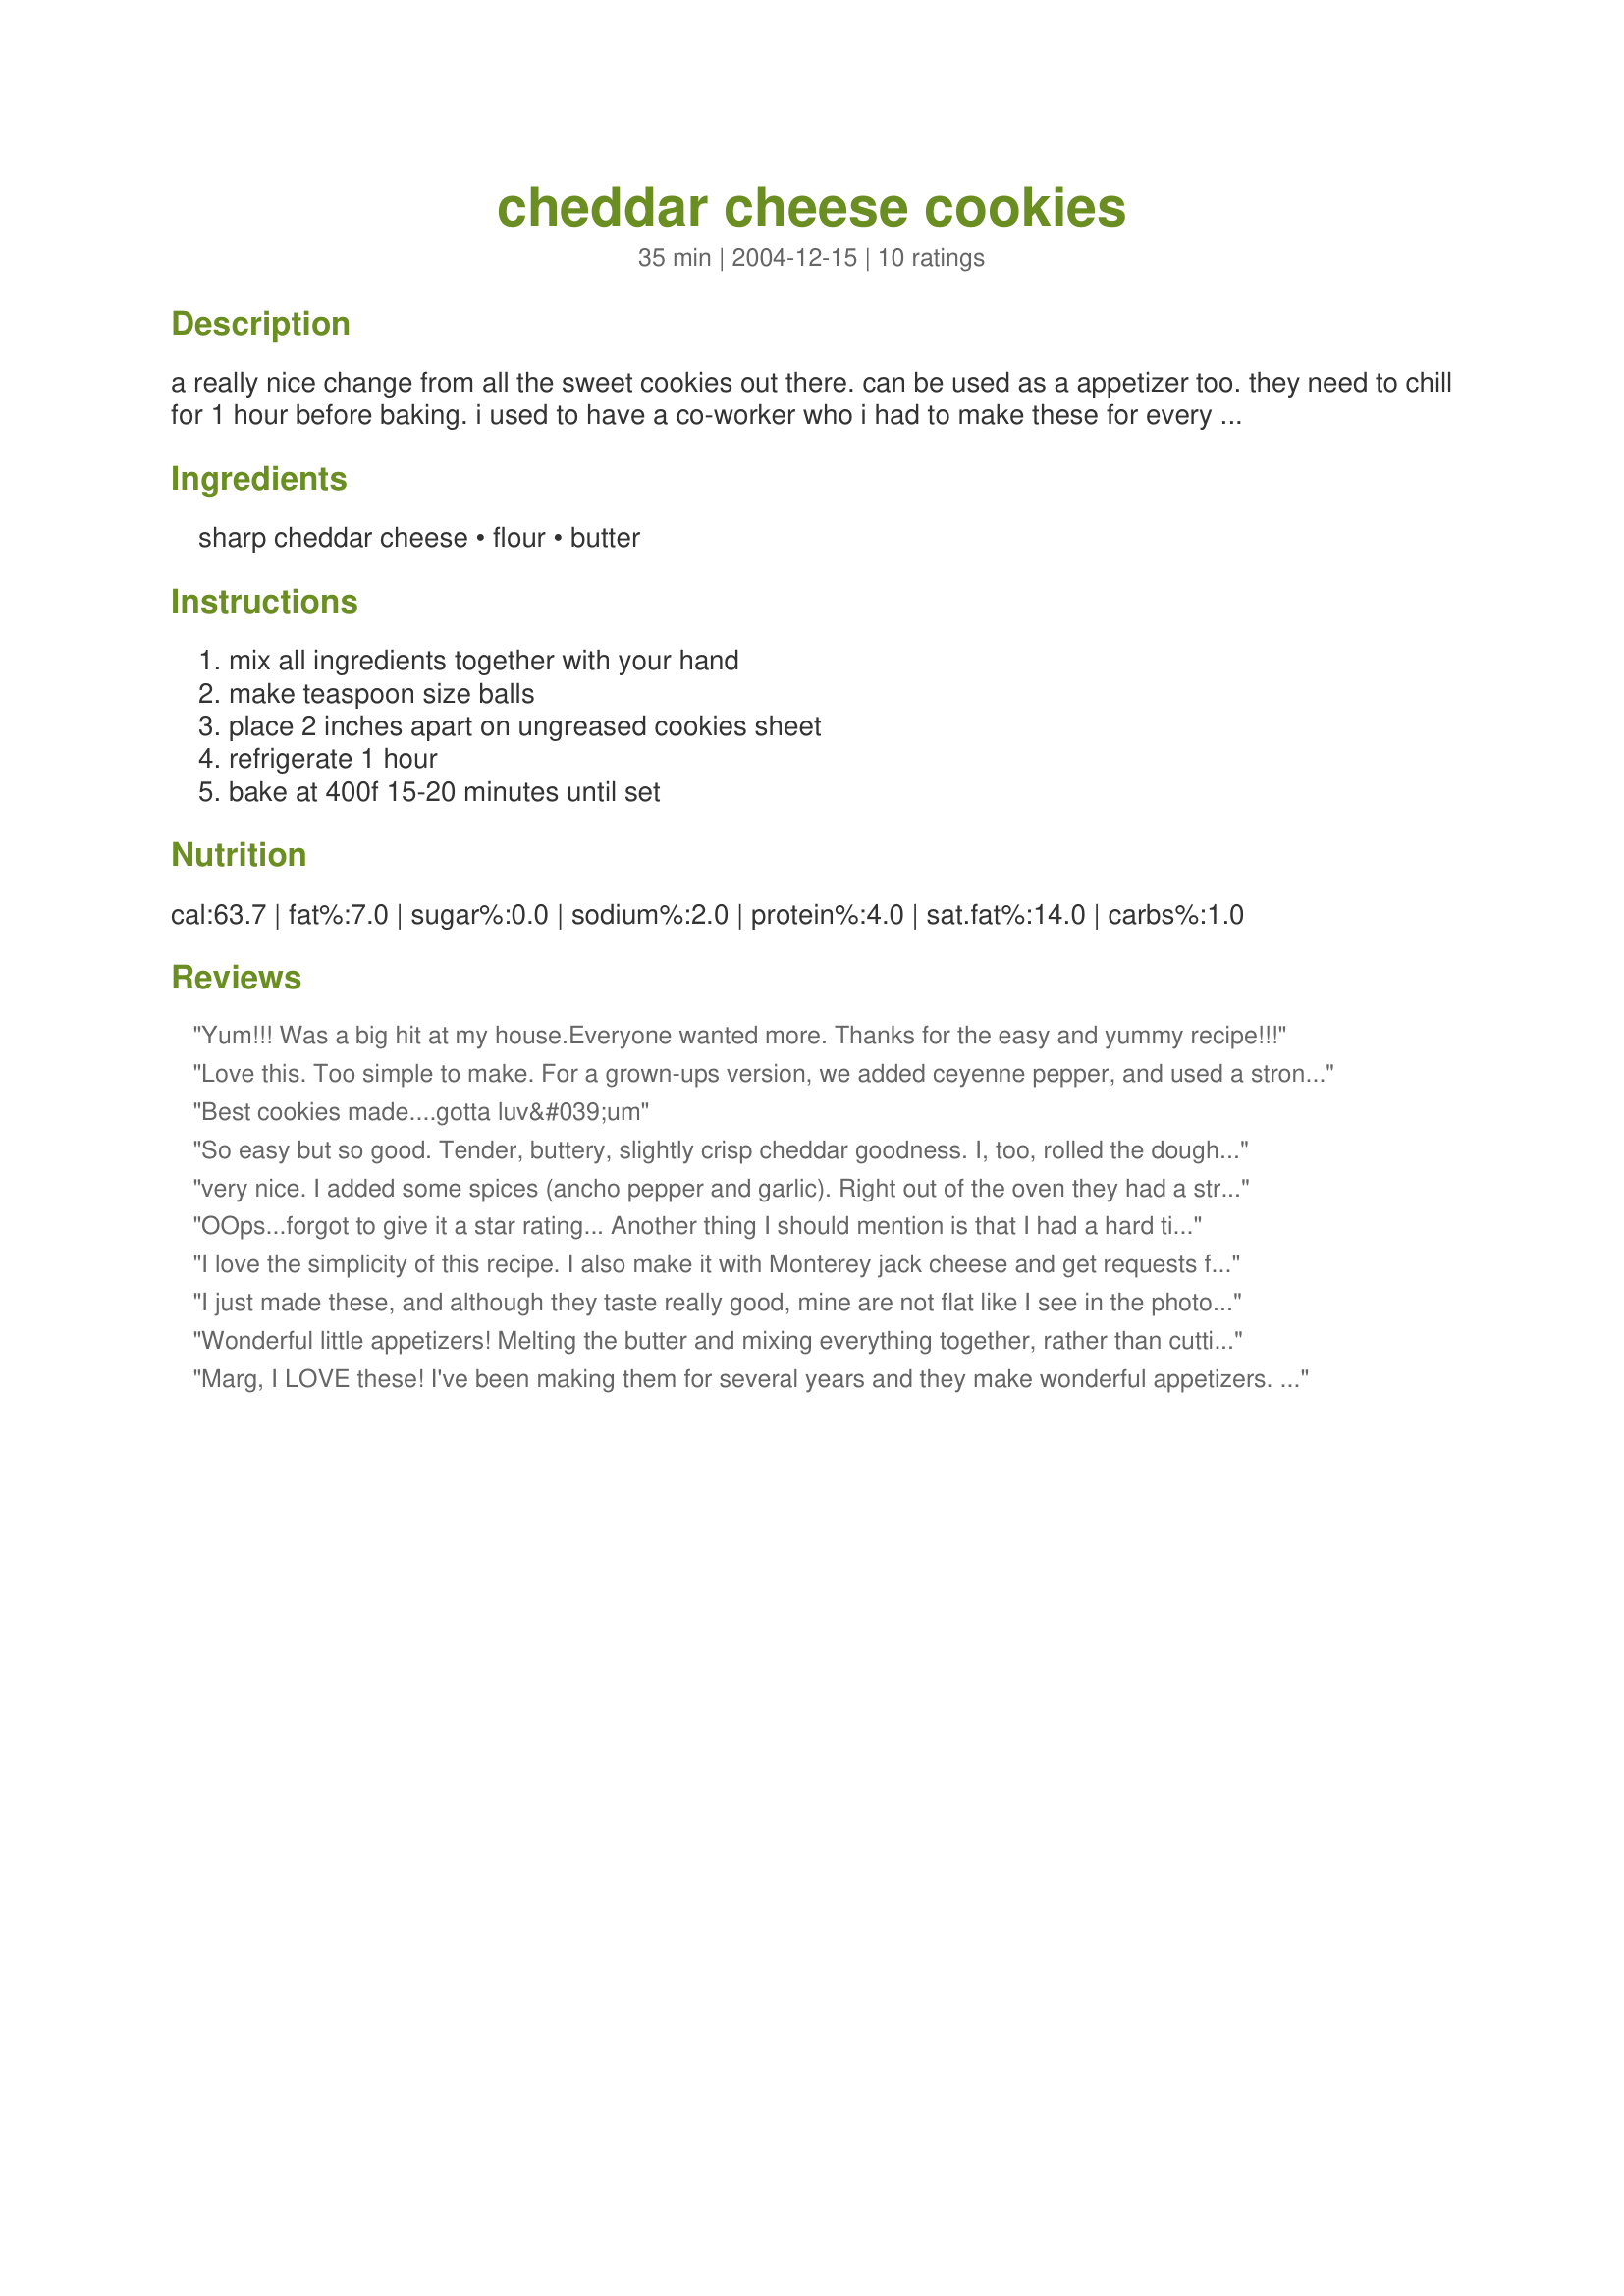
cheddar cheese cookies
Preparation time: 35 minutes

a really nice change from all the sweet cookies out there. can be used as a appetizer too. they need to chill for 1 hour before baking. i used to have a co-worker who i had to make these for every year at our christmas party.

Ingredients:
sharp cheddar cheese, flour, butter

Steps:
mix all ingredients together with your hand, make teaspoon size balls, place 2 inches apart on ungreased cookies sheet, refrigerate 1 hour, bake at 400f 15-20 minutes until set

Reviews:
Yum!!! Was a big hit at my house.Everyone wanted more. Thanks for the easy and yummy recipe!!!
Love this. Too simple to make. For a grown-ups version, we added ceyenne pepper, and used a stronger flavoured cheese like romano. Thanx for sharing this one, Marg.
Best cookies made....gotta luv&#039;um
So easy but so good. Tender, buttery, slightly crisp cheddar goodness. I, too, rolled the dough into two logs, refrigerated, then sliced and baked. I added a bit of cayenne to half of the dough. Delicious both ways!
very nice. I added some spices (ancho pepper and garlic). Right out of the oven they had a strange texture, but once they cooled they were quite tasty!
OOps...forgot to give it a star rating... Another thing I should mention is that I had a hard time getting it to hold together so I cut in a bit more butter. I tend to measure a little fast and loose so when I make this again I'll be spot on with my measurements and see if that was the problem.
I love the simplicity of this recipe. I also make it with Monterey jack cheese and get requests from co-workers for these all the time
I just made these, and although they taste really good, mine are not flat like I see in the photos. I made mine I to balls, but I don't know if they are supposed to flatten while cooking. Forgot to star it lol These are so amazing. Making the balls, even though they flatten just a tiny bit, the inside has a nice soft texture with a nice crust on the bottom.
Wonderful little appetizers! Melting the butter and mixing everything together, rather than cutting the butter into the flour, was a change I welcomed. I did form them a bit different--rather than rolling them into balls, I formed into two logs, wrapped in plastic wrap, refrigerated for about an hour and a half, then cut into approxiately 1/4-inch rounds and baked on parchment paper. I added a little cayenne pepper to the dough to kick the flavor up a bit and baked in a convection oven at 350F for about 12 minutes. We loved them!
Marg, I LOVE these! I've been making them for several years and they make wonderful appetizers. Try rolling them into walnut-sized balls and pressing a small cube of ham in the middle before baking. I also like to add about 1/4 tsp garlic powder and/or 2 tsp red chile seeds or 1/4 tsp black pepper to the mixture for variety. I bake mine on a stone baking sheet and they come out so good! I'm so glad you had this recipe in here! (I love your other recipes and pictures too!)
